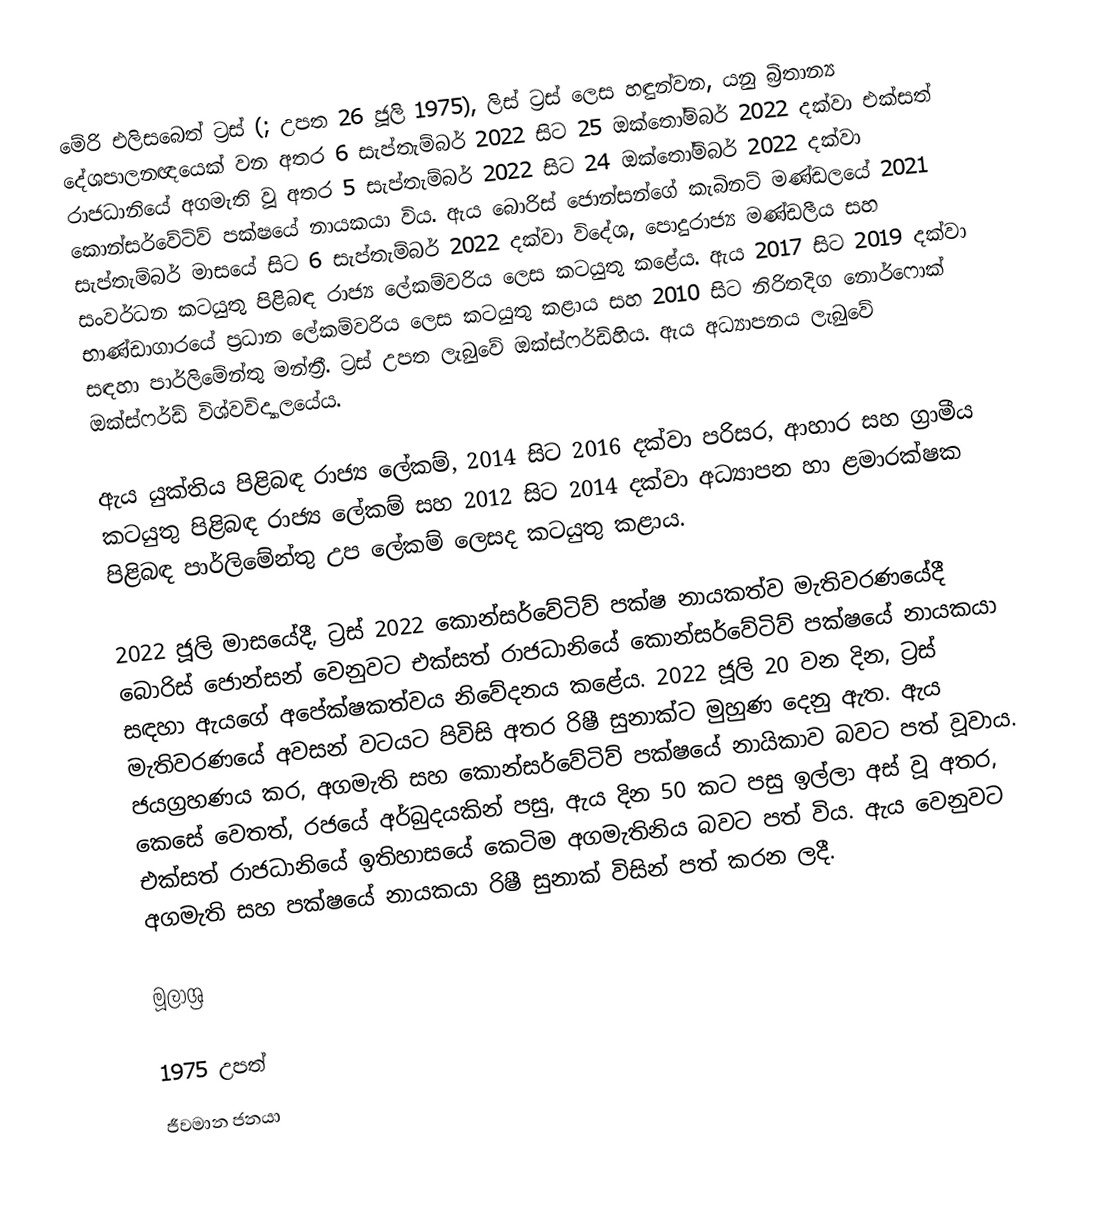
මේරි එලිසබෙත් ට්‍රස් (; උපත 26 ජූලි 1975), ලිස් ට්‍රස් ලෙස හඳුන්වන, යනු බ්‍රිතාන්‍ය දේශපාලනඥයෙක් වන අතර 6 සැප්තැම්බර් 2022 සිට 25 ඔක්තෝම්බර් 2022 දක්වා එක්සත් රාජධානියේ අගමැති වූ අතර 5 සැප්තැම්බර් 2022 සිට 24 ඔක්තෝම්බර් 2022 දක්වා කොන්සර්වේටිව් පක්ෂයේ නායකයා විය. ඇය බොරිස් ජොන්සන්ගේ කැබිනට් මණ්ඩලයේ 2021 සැප්තැම්බර් මාසයේ සිට 6 සැප්තැම්බර් 2022 දක්වා විදේශ, පොදුරාජ්‍ය මණ්ඩලීය සහ සංවර්ධන කටයුතු පිළිබඳ රාජ්‍ය ලේකම්වරිය ලෙස කටයුතු කළේය. ඇය 2017 සිට 2019 දක්වා භාණ්ඩාගාරයේ ප්‍රධාන ලේකම්වරිය ලෙස කටයුතු කළාය  සහ 2010 සිට නිරිතදිග නොර්ෆොක් සඳහා පාර්ලිමේන්තු මන්ත්‍රී. ට්‍රස් උපත ලැබුවේ ඔක්ස්ෆර්ඩ්හිය. ඇය අධ්‍යාපනය ලැබුවේ ඔක්ස්ෆර්ඩ් විශ්වවිද්‍යාලයේය.

ඇය යුක්තිය පිළිබඳ රාජ්‍ය ලේකම්, 2014 සිට 2016 දක්වා පරිසර, ආහාර සහ ග්‍රාමීය කටයුතු පිළිබඳ රාජ්‍ය ලේකම් සහ 2012 සිට 2014 දක්වා අධ්‍යාපන හා ළමාරක්ෂක පිළිබඳ පාර්ලිමේන්තු උප ලේකම් ලෙසද කටයුතු කළාය.

2022 ජූලි මාසයේදී, ට්‍රස් 2022 කොන්සර්වේටිව් පක්ෂ නායකත්ව මැතිවරණයේදී බොරිස් ජොන්සන් වෙනුවට එක්සත් රාජධානියේ කොන්සර්වේටිව් පක්ෂයේ නායකයා සඳහා ඇයගේ අපේක්ෂකත්වය නිවේදනය කළේය. 2022 ජූලි 20 වන දින, ට්‍රස් මැතිවරණයේ අවසන් වටයට පිවිසි අතර රිෂී සුනාක්ට මුහුණ දෙනු ඇත. ඇය ජයග්‍රහණය කර, අගමැති සහ කොන්සර්වේටිව් පක්ෂයේ නායිකාව බවට පත් වූවාය. කෙසේ වෙතත්, රජයේ අර්බුදයකින් පසු, ඇය දින 50 කට පසු ඉල්ලා අස් වූ අතර, එක්සත් රාජධානියේ ඉතිහාසයේ කෙටිම අගමැතිනිය බවට පත් විය. ඇය වෙනුවට අගමැති සහ පක්ෂයේ නායකයා රිෂී සුනාක් විසින් පත් කරන ලදී.

මූලාශ්‍ර

1975 උපත්
ජීවමාන ජනයා